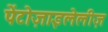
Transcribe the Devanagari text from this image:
पेंटोज़ाइलेलीज़